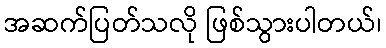
အဆက်ပြတ်သလို ဖြစ်သွားပါတယ်၊